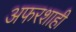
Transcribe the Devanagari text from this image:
अफरशाही